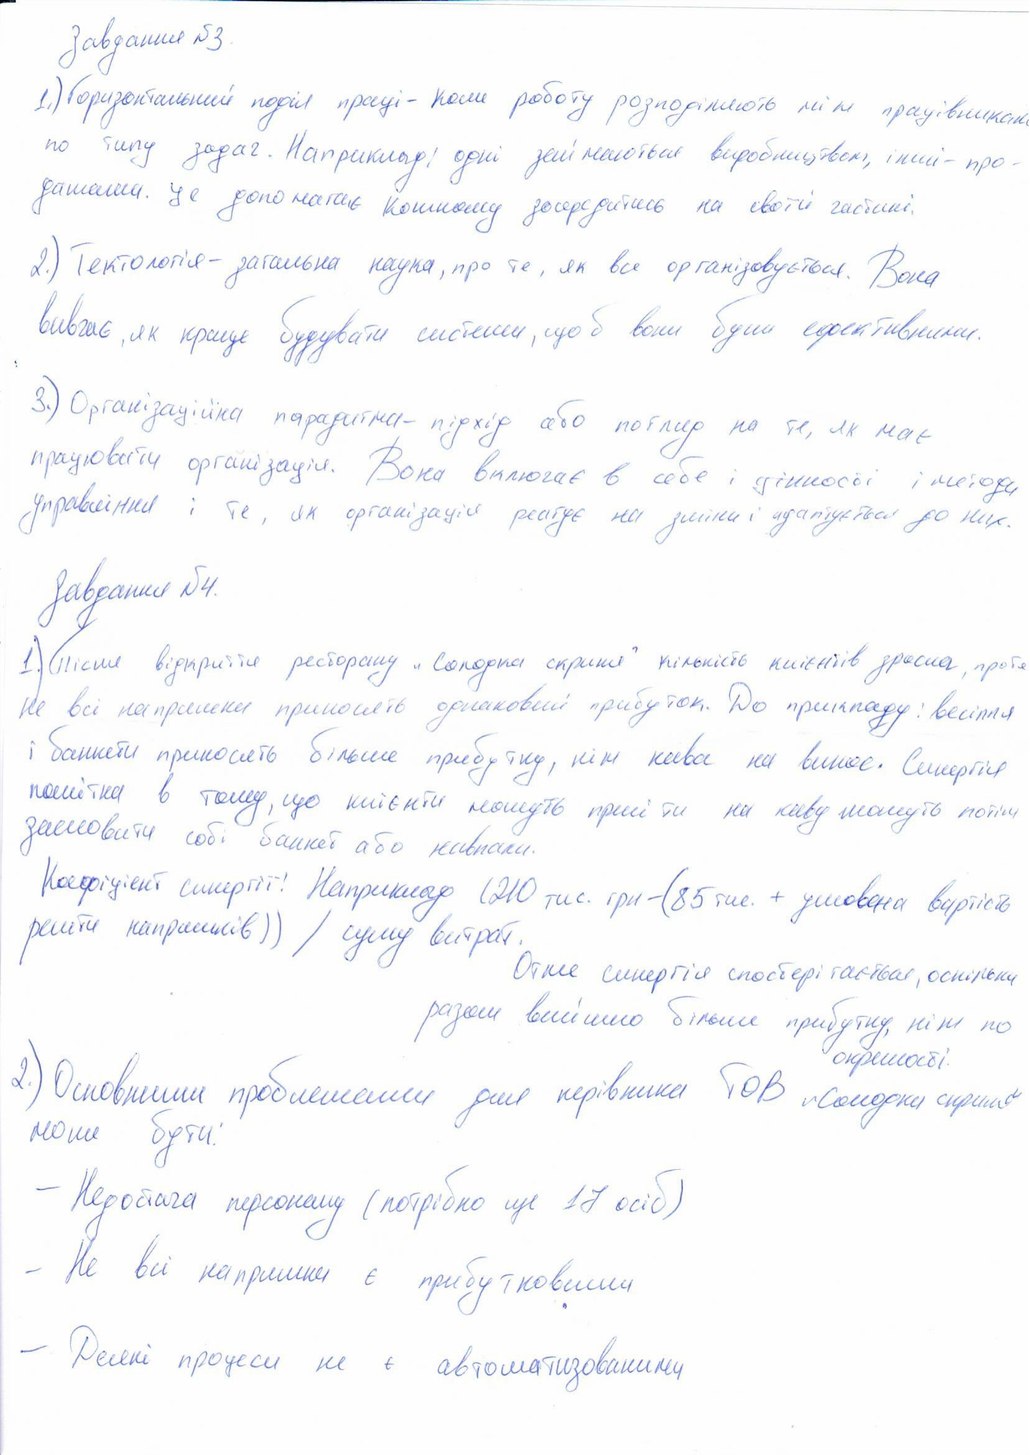
Завдання №3.
1.) Горизонтальний поділ праці - коли роботу розподіляють між працівниками
по типу задач. Наприклад: одні займаються виробництвом, інші - про-
дажами. це допомагає кожному зосередитись на своїй частині.
2.) Тектологія - загальна наука, про те, як все організовується. Вона
вивчає, як краще будувати системи, щоб вони були ефективними.
3.) Організаційна парадигма - підхід або погляд на те, як має
працювати організація. Вона включає в себе і цінності і методи
управління і те, як організація реагує на зміни і адаптується до них.
Завдання №4
1.) Після відкриття ресторану "Солодка скриня" кількість клієнтів зросла, проте
не всі напрямки приносять однаковий прибуток. До прикладу: весілля
і банкети приносять більше прибутку, ніж кава на винос. Синергія
помітна в тому, що клієнти можуть прийти на каву можуть потім
замовити собі банкет або навпаки.
Коефіцієнт синергії: Наприклад (210 тис. грн - (85 тис. + умовна вартість
решти напрямків)) / суму витрат.
Отже синергія спостерігається, оскільки
разом вийшло більше прибутку, ніж по
2.) Основними проблемами для керівника ТОВ "Солодка скриня"
окремості.
може бути:
- Недостача персоналу (потрібно ще 17 осіб)
- Не всі напрямки є прибутковими
- Деякі процеси не є автоматизованими